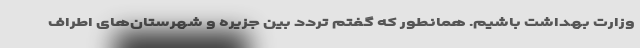
وزارت بهداشت باشیم. همانطور که گفتم تردد بین جزیره و شهرستان‌های اطراف